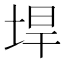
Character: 垾